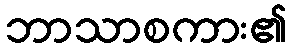
ဘာသာစကား၏